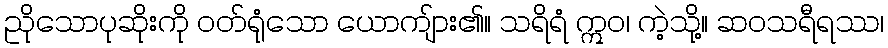
ညိုသောပုဆိုးကို ဝတ်ရုံသော ယောကျ်ား၏။ သရိရံ ဣဝ၊ ကဲ့သို့။ ဆဝသရီရဿ၊